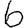
Digit: 6